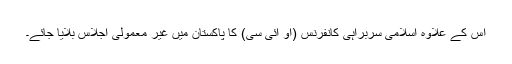
اس کے علاوہ اسلامی سربراہی کانفرنس (او ائی سی) کا پاکستان میں غیر معمولی اجلاس بلایا جائے۔